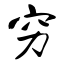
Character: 穷